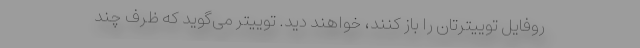
روفایل توییترتان را باز کنند، خواهند دید. توییتر می‌گوید که ظرف چند